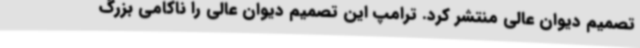
تصمیم دیوان عالی منتشر کرد. ترامپ این تصمیم دیوان عالی را ناکامی بزرگ